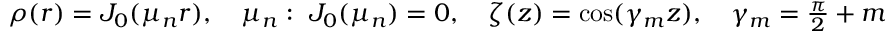
\begin{array} { r } { \rho ( r ) = J _ { 0 } ( \mu _ { n } r ) , \quad \mu _ { n } : \ J _ { 0 } ( \mu _ { n } ) = 0 , \quad \zeta ( z ) = \cos ( \gamma _ { m } z ) , \quad \gamma _ { m } = \frac { \pi } { 2 } + m \pi , } \end{array}